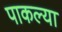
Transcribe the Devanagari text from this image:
पाकल्या